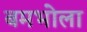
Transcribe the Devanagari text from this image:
बमभोला